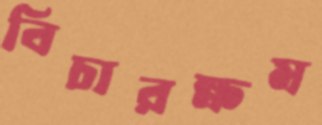
বিচারক্ষম